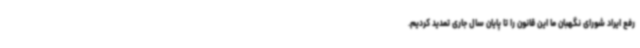
رفع ایراد شورای نگهبان ما این قانون را تا پایان سال جاری تمدید کردیم.